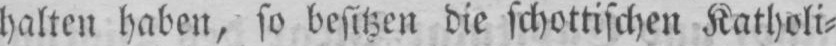
halten haben, so besitzen die schottischen Katholi⸗